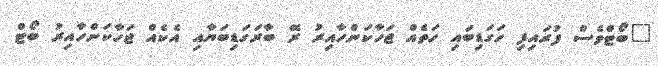
"ބޯޓްވެސް ފުރައިފި ހަގަޑިބައި ހަތެއް ޖަހާކަންހާއިރު ރޭ ބާރަގަޑިބަޔާއި އެކެއް ޖަހާކަންހާއިރު ބޯޓް